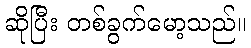
ဆိုပြီး တစ်ခွက်မော့သည်။